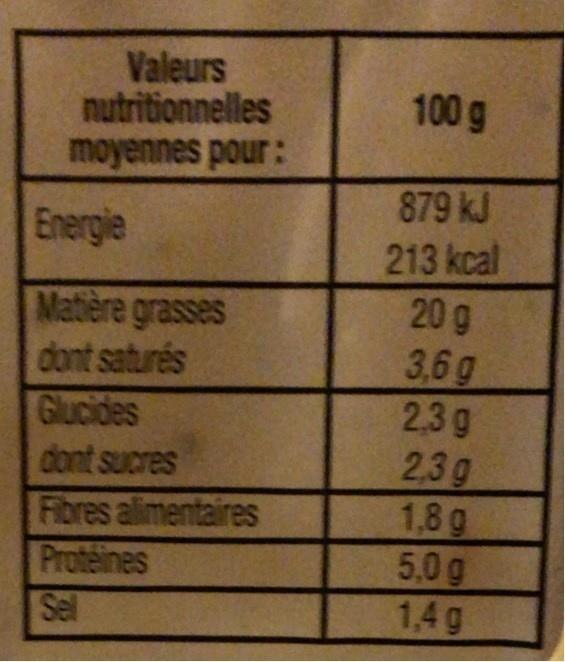
Valeurs nutritionnelles moyennes pour:
100 g
879 kJ
Energie
213 kcal
Matière grasses dont saturés Glucides dont sucres Fibres alimentaires Proteines Sel
20 g 3,6g 2,3g 2.3g 1,8g 5,0g 1,4g